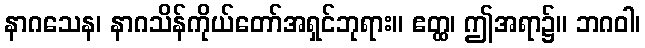
နာဂသေန၊ နာဂသိန်ကိုယ်တော်အရှင်ဘုရား။ ဧတ္ထ၊ ဤအရာ၌။ ဘဂဝါ၊